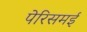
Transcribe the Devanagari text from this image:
पेरिसमई